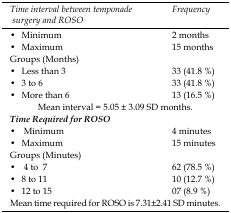
<table><thead><tr><td><b><i>Time interval between temponade surgery and ROSO</i></b></td><td><b><i>Frequency</i></b></td></tr></thead><tbody><tr><td>• Minimum</td><td>2 months</td></tr><tr><td>• Maximum</td><td>15 months</td></tr><tr><td>Groups (Months)</td><td></td></tr><tr><td>• Less than 3</td><td>33 (41.8 %)</td></tr><tr><td>• 3 to 6</td><td>33 (41.8 %)</td></tr><tr><td>• More than 6</td><td>13 (16.5 %)</td></tr><tr><td colspan="2">Mean interval = 5.05±3.09 SD months.</td></tr><tr><td><b><i>Time Required for ROSO</i></b></td><td></td></tr><tr><td>• Minimum</td><td>4 minutes</td></tr><tr><td>• Maximum</td><td>15 minutes</td></tr><tr><td>Groups (Minutes)</td><td></td></tr><tr><td>• 4 to 7</td><td>62 (78.5 %)</td></tr><tr><td>• 8 to 11</td><td>10 (12.7 %)</td></tr><tr><td>• 12 to 15</td><td>07 (8.9 %)</td></tr><tr><td colspan="2">Mean time required for ROSO is 7.31±2.41 SD minutes.</td></tr></tbody></table>